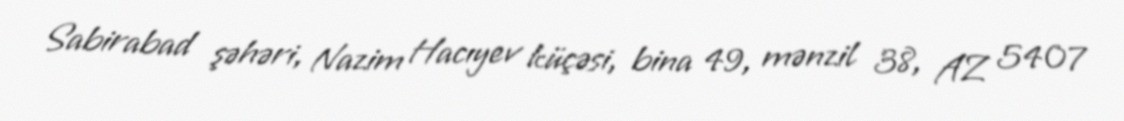
Sabirabad şəhəri, Nazim Hacıyev küçəsi, bina 49, mənzil 38, AZ 5407